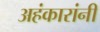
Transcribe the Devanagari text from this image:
अहंकारांनी